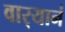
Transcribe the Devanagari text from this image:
वार्‍यानं